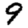
Digit: 9